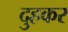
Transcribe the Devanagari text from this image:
दुहकर